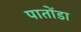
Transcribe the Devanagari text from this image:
पातोंडा